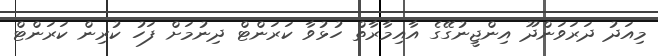
މިއަދު ދަރަވަންދޫ އިންޖީނުގޭގެ އާއިމާރާތް ހުޅުވާ ކަރަންޓް ދިނުމަށް ފަހު ކުރިން ކަރަންޓް